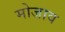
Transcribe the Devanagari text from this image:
मोजाव